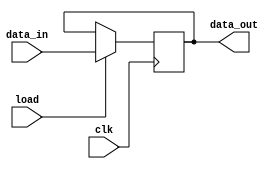
`timescale 1ns / 1ps
//////////////////////////////////////////////////////////////////////////////////
// Company: 
// Engineer: 
// 
// Design Name: 
// Module Name:    PIPO 
// Project Name: 
// Target Devices: 
// Tool versions: 
// Description: 
//
// Dependencies: 
//
// Revision: 
// Revision 0.01 - File Created
// Additional Comments: 
//
//////////////////////////////////////////////////////////////////////////////////
module PIPO(data_out,data_in,load,clk);
    input [15:0] data_in;
	 input load,clk;
	 output reg [15:0] data_out;
	 always @ (posedge clk)
	   if (load) data_out <= data_in;


endmodule